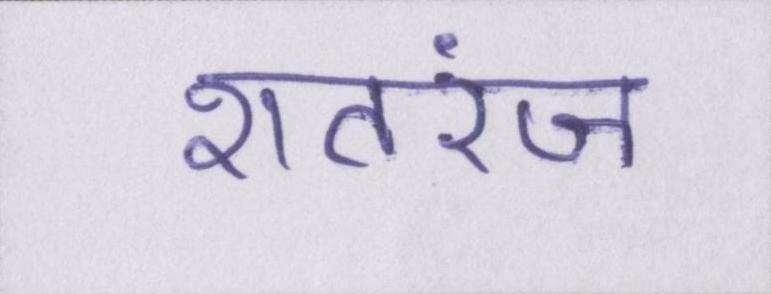
शतरंज